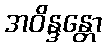
အဝိန္ဒန္တော